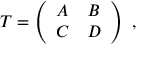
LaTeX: T = \left( \begin{array} { c c } { { A } } & { { B } } \\ { { C } } & { { D } } \end{array} \right) \ ,